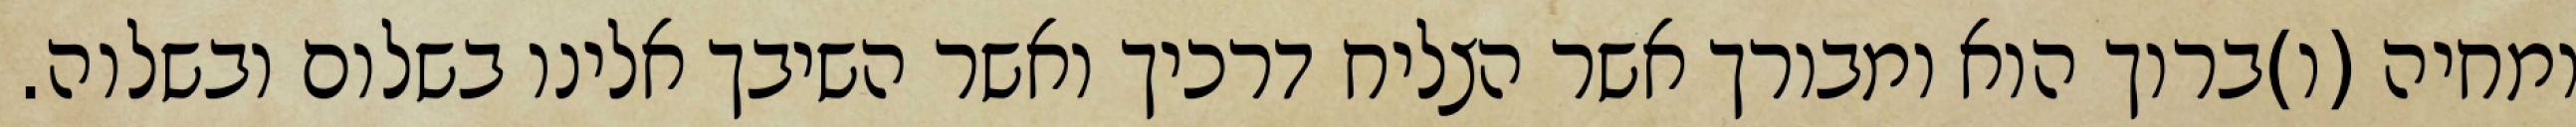
ומחיה (ו)ברוך הוא ומבורך אשר הצליח דרכיך ואשר השיבך אלינו בשלום ובשלוה.